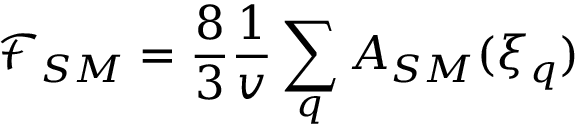
\mathcal { F } _ { S M } = \frac { 8 } { 3 } \frac { 1 } { v } \sum _ { q } A _ { S M } ( \xi _ { q } )